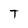
Character: T